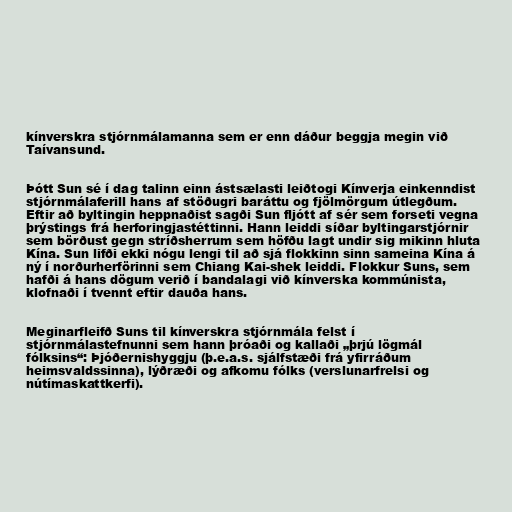
kínverskra stjórnmálamanna sem er enn dáður beggja megin við
Taívansund.

Þótt Sun sé í dag talinn einn ástsælasti leiðtogi Kínverja einkenndist
stjórnmálaferill hans af stöðugri baráttu og fjölmörgum útlegðum.
Eftir að byltingin heppnaðist sagði Sun fljótt af sér sem forseti vegna
þrýstings frá herforingjastéttinni. Hann leiddi síðar byltingarstjórnir
sem börðust gegn stríðsherrum sem höfðu lagt undir sig mikinn hluta
Kína. Sun lifði ekki nógu lengi til að sjá flokkinn sinn sameina Kína á
ný í norðurherförinni sem Chiang Kai-shek leiddi. Flokkur Suns, sem
hafði á hans dögum verið í bandalagi við kínverska kommúnista,
klofnaði í tvennt eftir dauða hans.

Meginarfleifð Suns til kínverskra stjórnmála felst í
stjórnmálastefnunni sem hann þróaði og kallaði „þrjú lögmál
fólksins“: Þjóðernishyggju (þ.e.a.s. sjálfstæði frá yfirráðum
heimsvaldssinna), lýðræði og afkomu fólks (verslunarfrelsi og
nútímaskattkerfi).